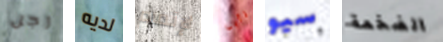
رجل لديه لإتمام تأبى سيو الضخمة